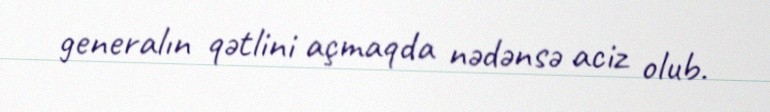
generalın qətlini açmaqda nədənsə aciz olub.